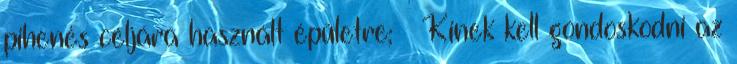
pihenés céljára használt épületre; » Kinek kell gondoskodni az